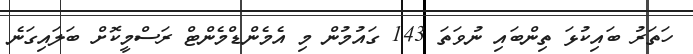
ހަތަރު ބައިކުޅަ ތިންބައި ނުވަތަ 143 ގައުމުން މި އެމެންޑްމެންޓް ރަސްމީކޮށް ބަލައިގަނެ